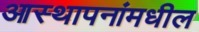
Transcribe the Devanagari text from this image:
आस्थापनांमधील